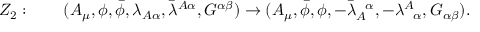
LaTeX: Z _ { 2 } : \qquad ( A _ { \mu } , \phi , \bar { \phi } , \lambda _ { A \alpha } , \bar { \lambda } ^ { A \alpha } , G ^ { \alpha \beta } ) \rightarrow ( A _ { \mu } , \bar { \phi } , \phi , - \bar { \lambda } _ { A } ^ { \! ~ ~ \alpha } , - \lambda _ { \! ~ ~ \alpha } ^ { A } , G _ { \alpha \beta } ) .